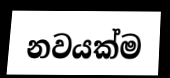
නවයක්ම